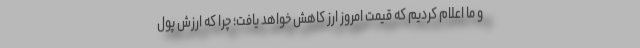
و ما اعلام کردیم که قیمت امروز ارز کاهش خواهد یافت؛ چرا که ارزش پول